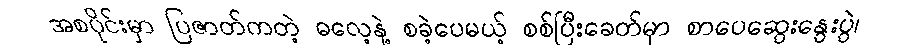
အစပိုင်းမှာ ပြဇာတ်ကတဲ့ ဓလေ့နဲ့ စခဲ့ပေမယ့် စစ်ပြီးခေတ်မှာ စာပေဆွေးနွေးပွဲ၊